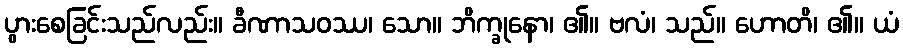
ပွားစေခြင်းသည်လည်း။ ခီဏာသဝဿ၊ သော။ ဘိက္ခုနော၊ ၏။ ဗလံ၊ သည်။ ဟောတိ၊ ၏။ ယံ